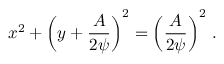
x ^ { 2 } + \left( y + { \frac { A } { 2 \psi } } \right) ^ { 2 } = \left( { \frac { A } { 2 \psi } } \right) ^ { 2 } \, .